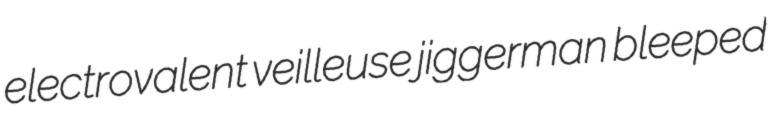
electrovalent veilleuse jiggerman bleeped